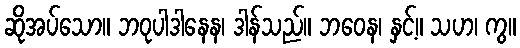
ဆိုအပ်သော။ ဘဝုပါဒါနေန၊ ဒါန်သည်။ ဘဝေန၊ နှင့်။ သဟ၊ ကွ။